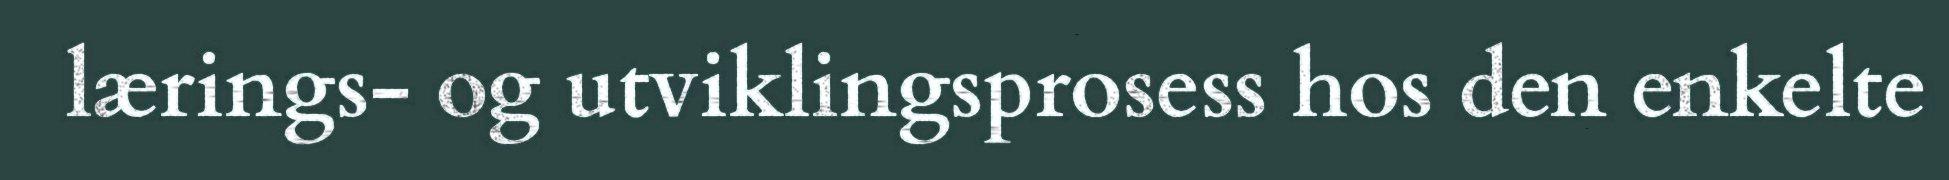
lærings‑ og utviklingsprosess hos den enkelte